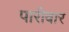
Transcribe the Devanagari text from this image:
पारीवार